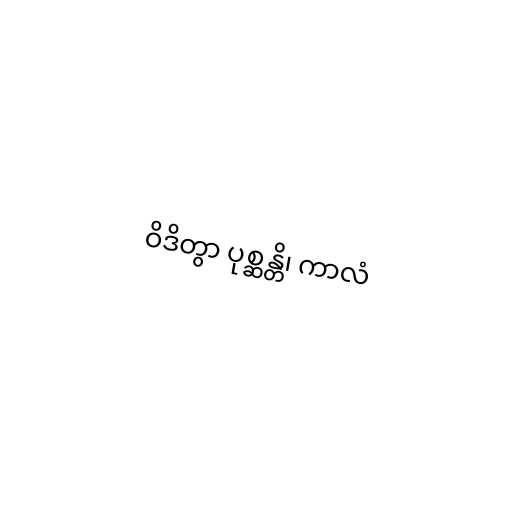
ဝိဒိတွာ ပုစ္ဆန္တိ၊ ကာလံ